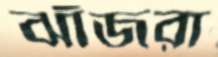
ঝাঁজরা